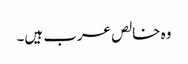
وہ خالص عرب ہیں۔